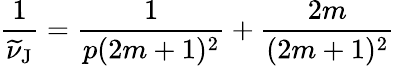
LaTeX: \frac{1}{\widetilde{\nu}_{\mathrm{J}}}=\frac{1}{p(2m+1)^{2}}+\frac{2m}{(2m+1)^{2}}